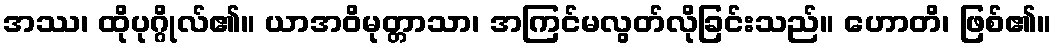
အဿ၊ ထိုပုဂ္ဂိုလ်၏။ ယာအဝိမုတ္တာသာ၊ အကြင်မလွတ်လိုခြင်းသည်။ ဟောတိ၊ ဖြစ်၏။